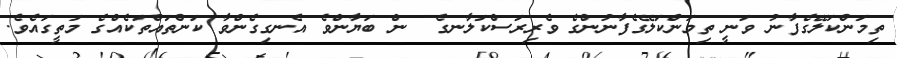
ތިމަންކަލޭގެފާނު ވަނީ ތިމަންކަލޭގެފާނުންގެ ވެރިރަސްކަލާނގެ  ން ބަޔާންވެ އެނގިގެންވާ ކަންތައްތަކެއްގެ މަތީގައެވެ.